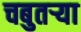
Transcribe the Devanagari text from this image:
चबुतऱ्या